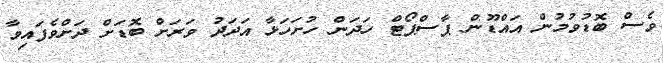
ވެސް ބޮޑުވުމުން އައްޑޫން ޕާސްޕޯޓް ހަދަން ހުށަހަޅާ އަދަދު ވަރަށް ބޮޑަށް ދަށްވެފައިވާ